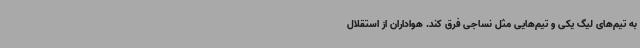
به تیم‌های لیگ یکی و تیم‌هایی مثل نساجی فرق کند. هواداران از استقلال